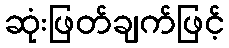
ဆုံးဖြတ်ချက်ဖြင့်